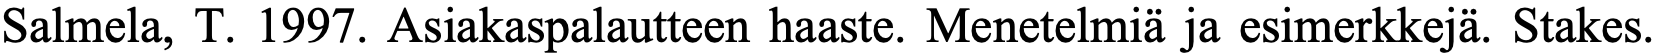
Salmela, T. 1997. Asiakaspalautteen haaste. Menetelmiä ja esimerkkejä. Stakes.